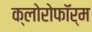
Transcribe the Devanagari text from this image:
क्‍लोरोफॉर्म